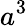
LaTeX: a^{3}